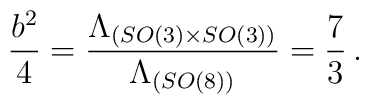
\frac{b^2}{4} = \frac{\Lambda_{(SO(3)\times SO(3))}}{\Lambda_{(SO(8))}} = \frac{7}{3} \,.